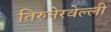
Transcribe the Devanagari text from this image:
तिरुनेरवेल्ली